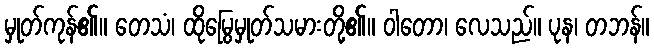
မှုတ်ကုန်၏။ တေသံ၊ ထိုမြွေမှုတ်သမားတို့၏။ ဝါတော၊ လေသည်။ ပုန၊ တဘန်။